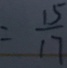
= \frac { 1 5 } { 1 7 }